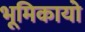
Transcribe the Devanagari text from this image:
भूमिकायो